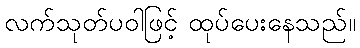
လက်သုတ်ပဝါဖြင့် ထုပ်ပေးနေသည်။